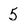
Character: 5